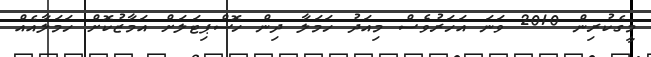
މީގެކުރިން 2010 ވަނަ އަހަރުވެސް މިއަދު ހަމަލާ ދިން ހޮސްޕިޓަލަށް އަމާޒުކޮށް ހަމަލާއެއް